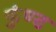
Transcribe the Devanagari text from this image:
कुंण्ड